Vaccination United Provinces of Agra and Oudh 1923-1928 - 1923-1928
Year: 1923
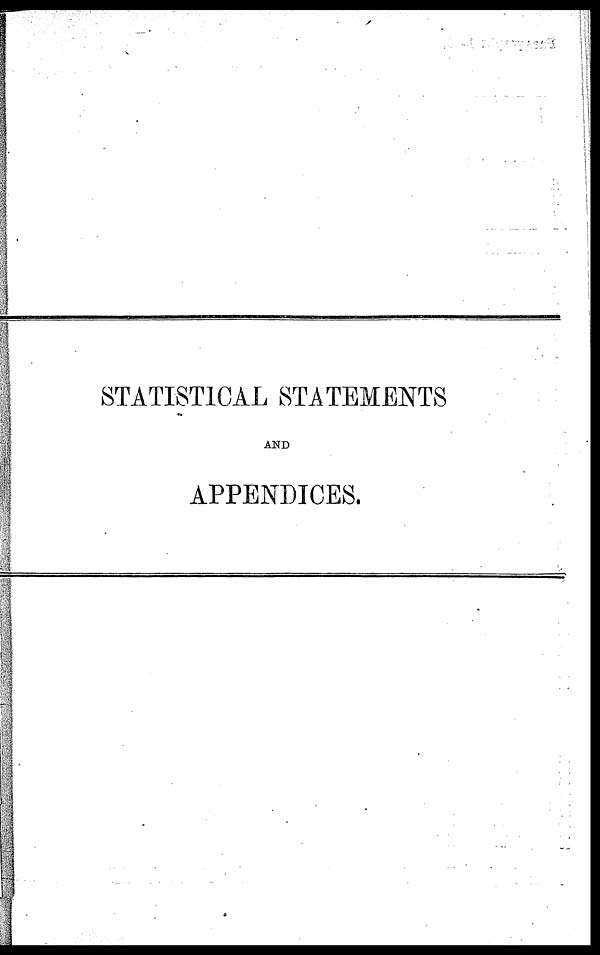
STATISTICAL STATEMENTS
AND
APPENDICES.